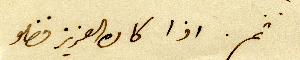
ثم. اذا كان العزيز فضلو